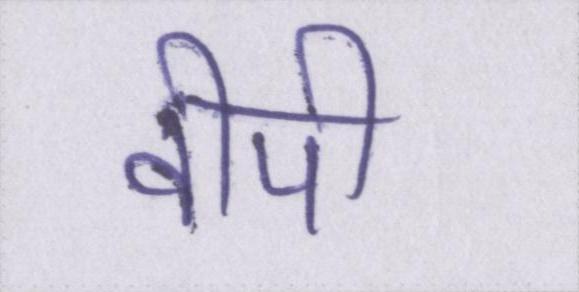
वीपी